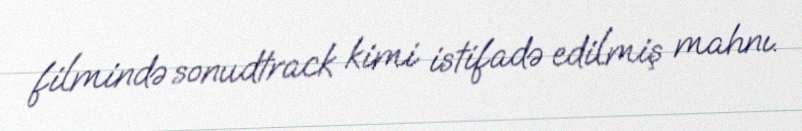
filmində sonudtrack kimi istifadə edilmiş mahnı.